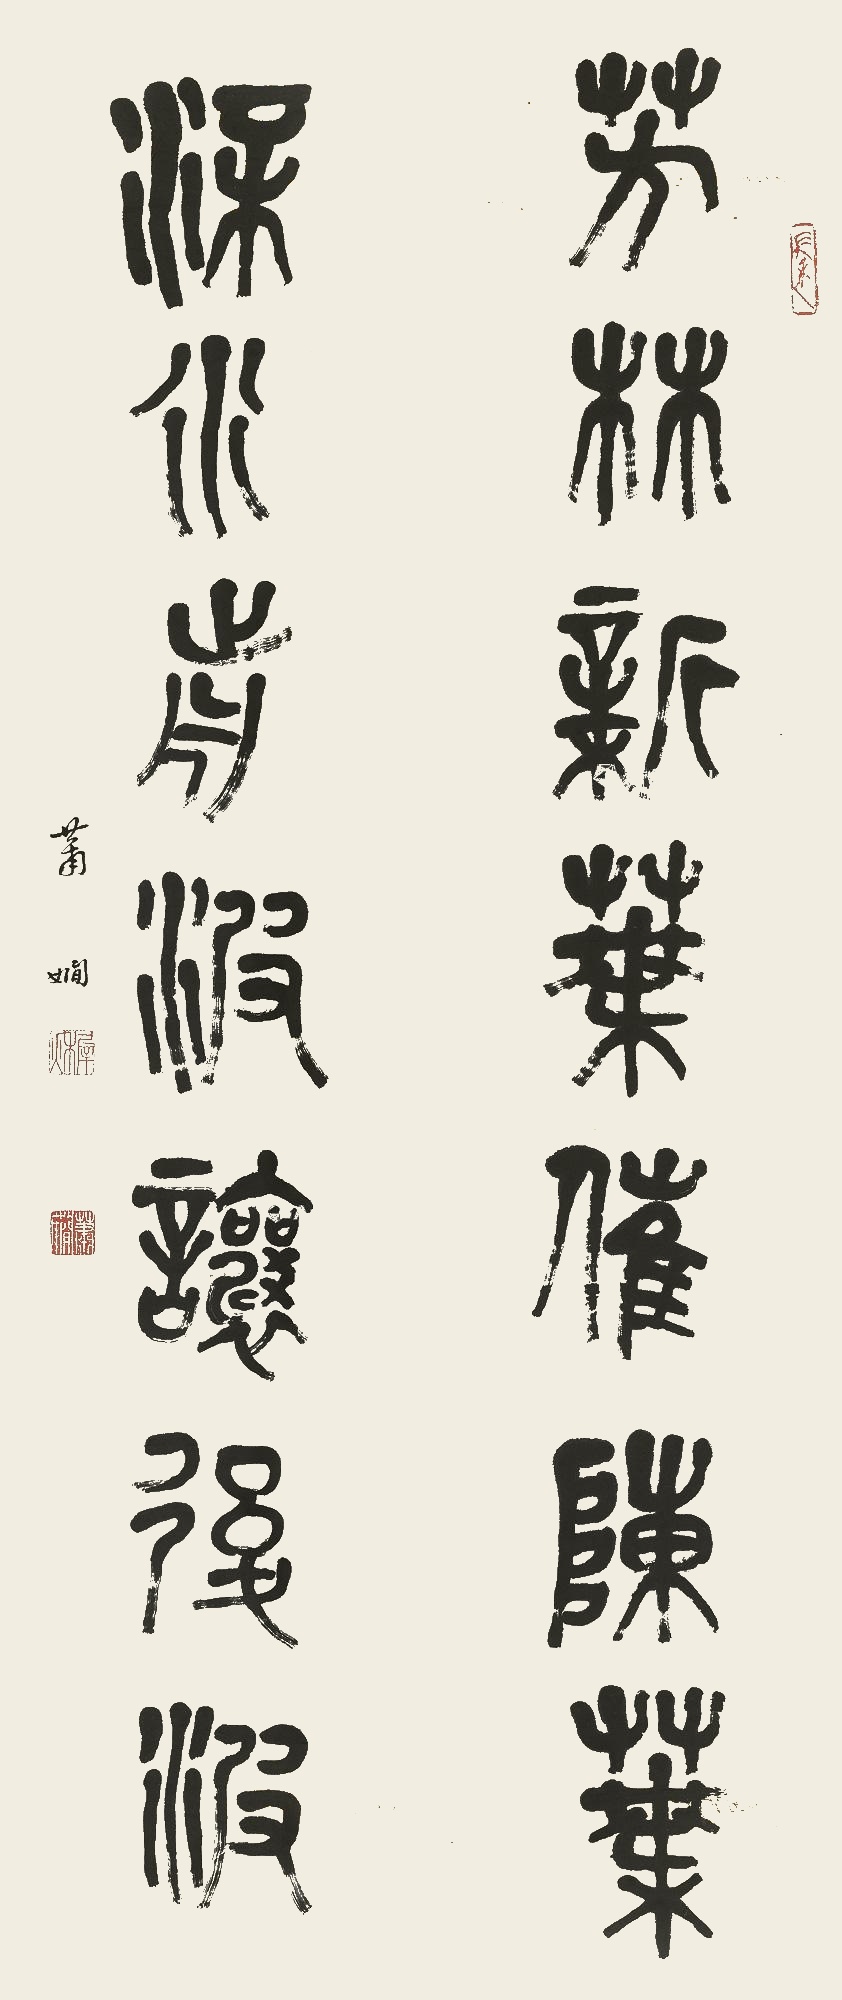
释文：芳林新叶催陈叶，流水前波让后波。萧娴。